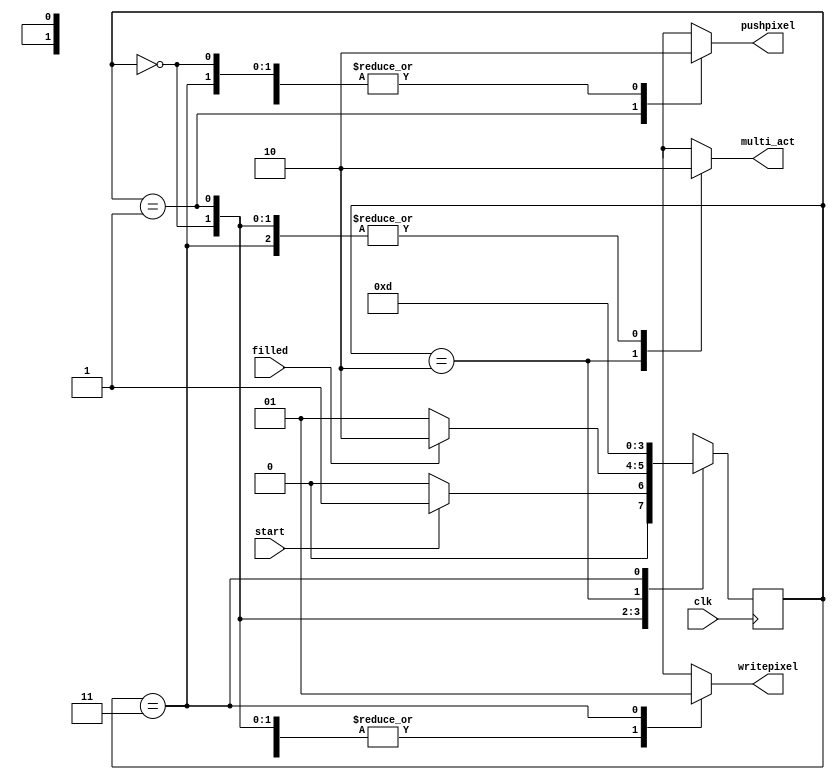
`timescale 1ns / 1ps
//////////////////////////////////////////////////////////////////////////////////
// Company: 
// Engineer: 
// 
// Design Name: 
// Module Name: FSM
// Project Name: 
// Target Devices: 
// Tool Versions: 
// Description: 
// 
// Dependencies: 
// 
// Revision:
// Revision 0.01 - File Created
// Additional Comments:
// 
//////////////////////////////////////////////////////////////////////////////////


module Module_FSM(clk,start,filled,multi_act,pushpixel,writepixel);
    input clk;
    input start;
    input filled;
                
    output reg pushpixel;
    output reg multi_act;
    output reg writepixel;
                
    reg [1:0] state, nstate;
    parameter idle=0, push=1, cal=2, write=3;
                
    initial begin
        state <= idle;
        end
    
    always @ (posedge clk) begin
        state <= nstate;
        end
    
    always @ (*) begin
        case (state)
                
            idle : begin
                pushpixel <= 1'b0;
                multi_act <= 1'b0;
                writepixel <= 1'b0;
                if (start)
                    nstate <= push;
                else 
                    nstate <= idle;
                end
                
            push : begin
                pushpixel <= 1'b1;
                multi_act <= 1'b0;
                writepixel <= 1'b0;
                if (filled)
                    nstate <= cal;
                else
                    nstate <= push;
                end
                
            cal : begin
                pushpixel <= 1'b0;
                multi_act <= 1'b1;
                writepixel <= 1'b0;
                nstate <= write;
                end
                
            write : begin
                pushpixel <= 1'b0;
                multi_act <= 1'b0;
                writepixel <= 1'b1;
                nstate <= push;
                end
                
            endcase
        end
        
endmodule